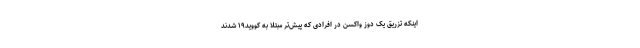
اینکه تزریق یک دوز واکسن در افرادی که پیش‌تر مبتلا به کووید۱۹ شدند